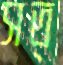
সত্